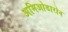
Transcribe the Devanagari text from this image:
अमिओडारोन